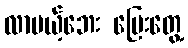
လာမယ့်ဘေး ပြေးတွေ့